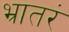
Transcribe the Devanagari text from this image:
भ्रातरं